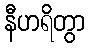
နီဟရိတွာ